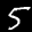
Label: 5